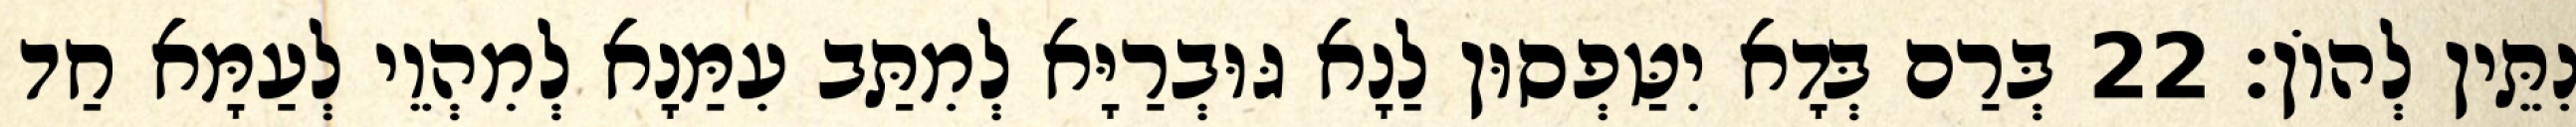
נִתֵּין לְהוֹן׃ 22 בְּרַם בְּדָא יִטַּפְסוּן לַנָא גּוּבְרַיָּא לְמִתַּב עִמַּנָא לְמִהְוֵי לְעַמָּא חַד